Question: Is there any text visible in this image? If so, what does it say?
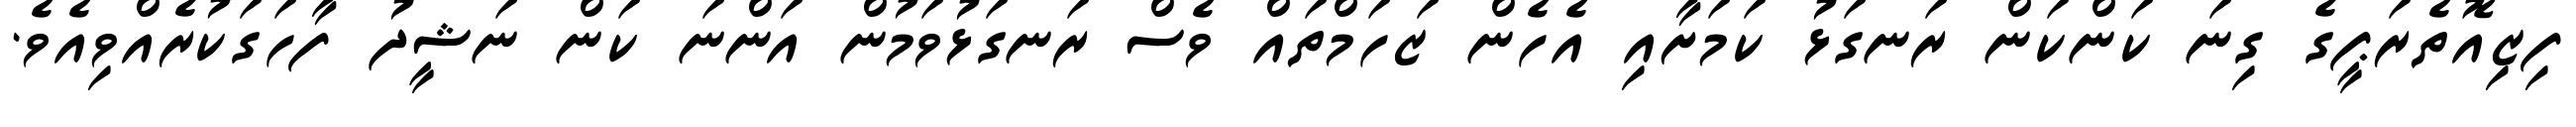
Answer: ފިޒިއޮތެރަޕީގެ ގިނަ ކަންކަން ރަނގަޅު ކަމަށާއި އެހެން ޒަހަމްތައް ވެސް ރަނގަޅުވަމުން އަންނަ ކަން ނަޝީދު ފާހަގަކުރެއްވިއެވެ.